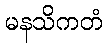
မနသိကတံ